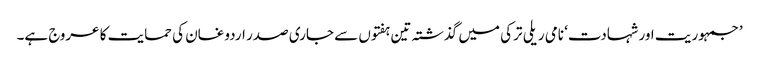
’جمہوریت اور شہادت‘ نامی ریلی ترکی میں گذشتہ تین ہفتوں سے جاری صدر اردوغان کی حمایت کا عروج ہے۔